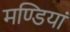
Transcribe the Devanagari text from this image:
मण्डियां